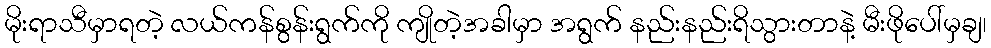
မိုးရာသီမှာရတဲ့ လယ်ကန်စွန်းရွက်ကို ကျိုတဲ့အခါမှာ အရွက် နည်းနည်းရိသွားတာနဲ့ မီးဖိုပေါ်မှချ၊